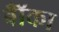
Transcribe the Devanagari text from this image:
बॉँका